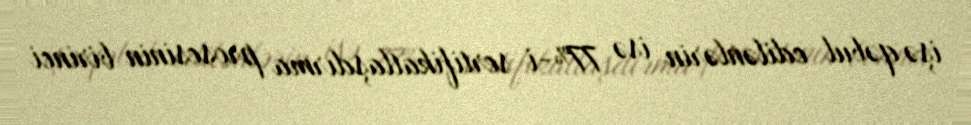
işə qəbul edilənlərin isə 77%-i sertifikatlaşdırma prosesinin birinci